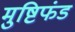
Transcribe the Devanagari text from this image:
मुष्टिफंड